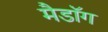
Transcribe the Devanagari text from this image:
मैडॉग